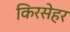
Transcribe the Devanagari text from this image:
किरसेहर